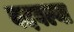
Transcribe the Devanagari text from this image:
वदवल्या